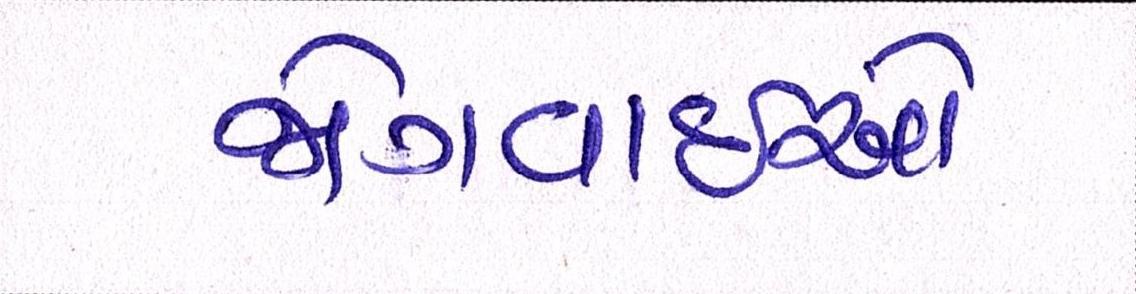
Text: જોગવાઇઓ